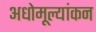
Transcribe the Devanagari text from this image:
अधोमूल्यांकन